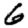
Digit: 6